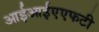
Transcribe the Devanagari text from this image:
आईआईएएफटी